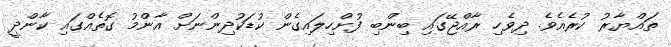
ތައްޔާރު ކުރެއެވެ. ދިވެހި ރާއްޖޭގައި ބިންބި ފުށްހިލައިގެން ކުޑަކުދިންނަށް އާންމު ގޮތެއްގައި ކާންދީ